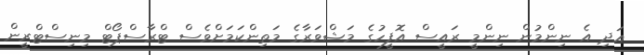
އަދި އެ ނިންމުން ނިންމީ ރައީސް އޮފީހުގެ މަޝްވަރާގެ މަތިންކަމަށްވެސް ޓްރާސްޕޯޓް މިނިސްޓްރީން